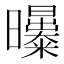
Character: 𣌑